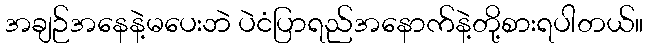
အချဉ်အနေနဲ့မပေးဘဲ ပဲငံပြာရည်အနောက်နဲ့တို့စားရပါတယ်။